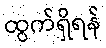
ထွက်ရှိရန်